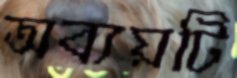
অব্যয়টি